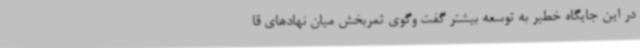
در این جایگاه خطیر به توسعه بیشتر گفت وگوی ثمربخش میان نهادهای قا